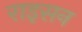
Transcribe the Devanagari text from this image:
राइसन